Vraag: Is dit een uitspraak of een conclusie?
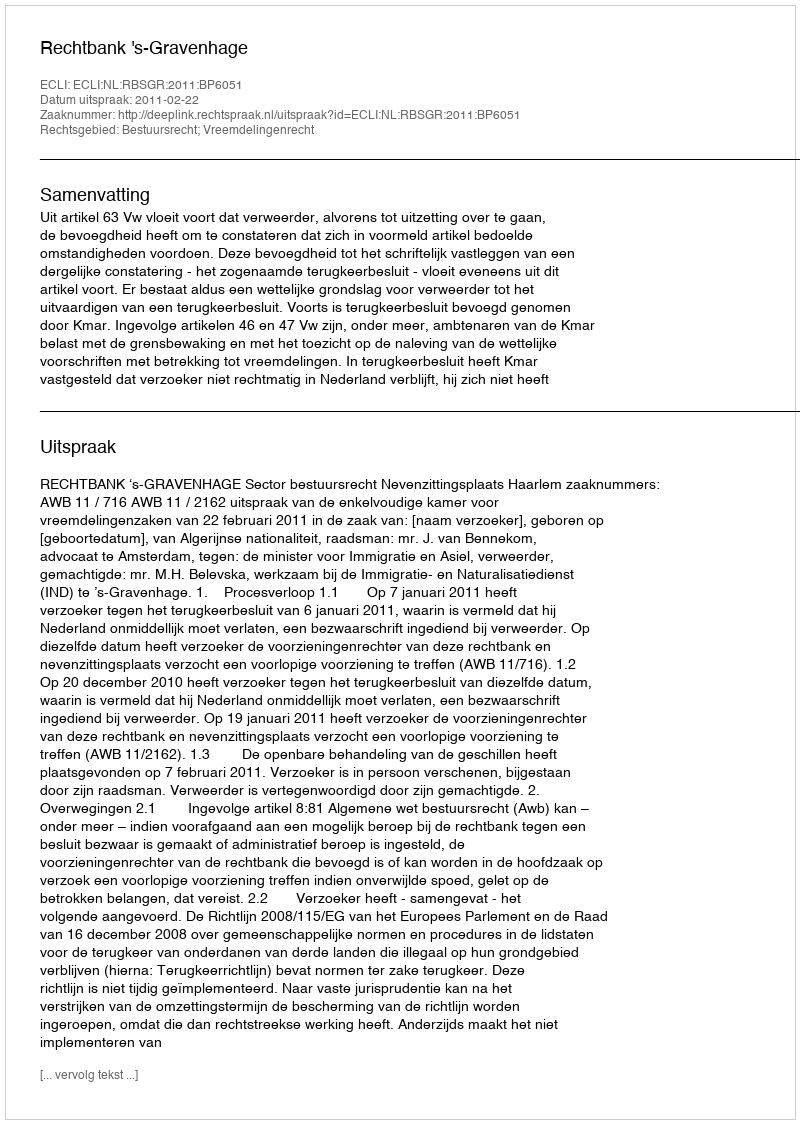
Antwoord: Uitspraak